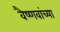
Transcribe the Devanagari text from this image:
वैष्णवांच्या